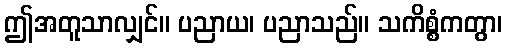
ဤအတူသာလျှင်။ ပညာယ၊ ပညာသည်။ သကိစ္စံကတွာ၊